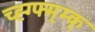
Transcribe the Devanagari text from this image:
च्ह्ग्फ्म्म्क्